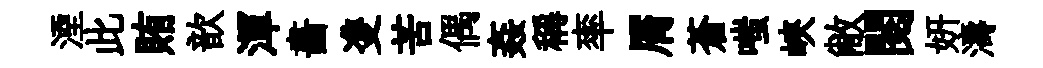
湮此賄歆渾畵㕠苦偶姦稱率屑蒼嗤峽敝閱妍濤